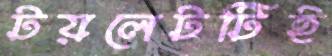
টয়লেটটিই